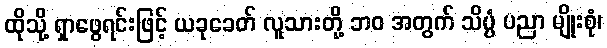
ထိုသို့ ရှာဖွေရင်းဖြင့် ယခုခေတ် လူသားတို့ ဘဝ အတွက် သိပ္ပံ ပညာ မျိုးစုံ၊